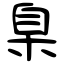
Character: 臬